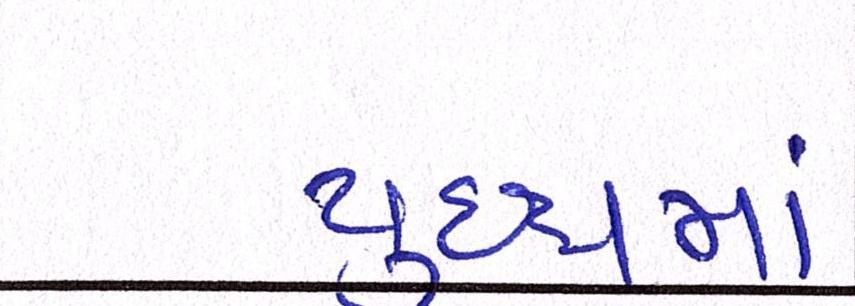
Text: યુદ્ધમાં